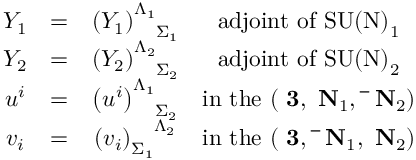
\begin{array} { c c c c } { { Y _ { 1 } } } & { { = } } & { { \left( Y _ { 1 } \right) _ { \phantom { \Lambda _ { 1 } } \Sigma _ { 1 } } ^ { \Lambda _ { 1 } } } } & { { \mathrm { a d j o i n t ~ o f ~ \mathrm { S U ( N ) } _ { 1 } ~ } } } \\ { { Y _ { 2 } } } & { { = } } & { { \left( Y _ { 2 } \right) _ { \phantom { \Lambda _ { 2 } } \Sigma _ { 2 } } ^ { \Lambda _ { 2 } } } } & { { \mathrm { a d j o i n t ~ o f ~ \mathrm { S U ( N ) } _ { 2 } ~ } } } \\ { { u ^ { i } } } & { { = } } & { { \left( u ^ { i } \right) _ { \phantom { \Lambda _ { 1 } } \Sigma _ { 2 } } ^ { \Lambda _ { 1 } } } } & { { \mathrm { i n ~ t h e ~ ( { \bf ~ 3 } , { \bf ~ N } _ { 1 } , { \bf ~ \bar { ~ } N } _ { 2 } ) ~ } } } \\ { { v _ { i } } } & { { = } } & { { \left( v _ { i } \right) _ { \Sigma _ { 1 } } ^ { \phantom { \Sigma _ { 1 } } \Lambda _ { 2 } } } } & { { \mathrm { i n ~ t h e ~ ( { \bf ~ 3 } , { \bf ~ \bar { ~ } N } _ { 1 } , { \bf ~ N } _ { 2 } ) ~ } } } \end{array}